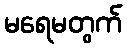
မရေမတွက်